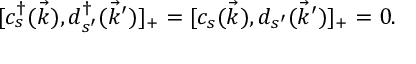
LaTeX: [ c _ { s } ^ { \dag } ( \vec { k } ) , d _ { s ^ { \prime } } ^ { \dag } ( \vec { k } ^ { \prime } ) ] _ { + } = [ c _ { s } ( \vec { k } ) , d _ { s ^ { \prime } } ( \vec { k } ^ { \prime } ) ] _ { + } = 0 .